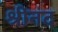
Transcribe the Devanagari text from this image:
श्रीनंद